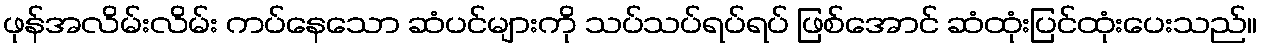
ဖုန်အလိမ်းလိမ်း ကပ်နေသော ဆံပင်များကို သပ်သပ်ရပ်ရပ် ဖြစ်အောင် ဆံထုံးပြင်ထုံးပေးသည်။